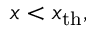
x < x _ { \mathrm { t h } } ,